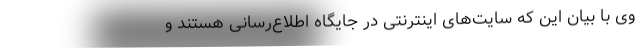
وی با بیان این که سایت‌های اینترنتی در جایگاه اطلاع‌رسانی هستند و